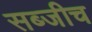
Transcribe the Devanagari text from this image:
सब्जीच